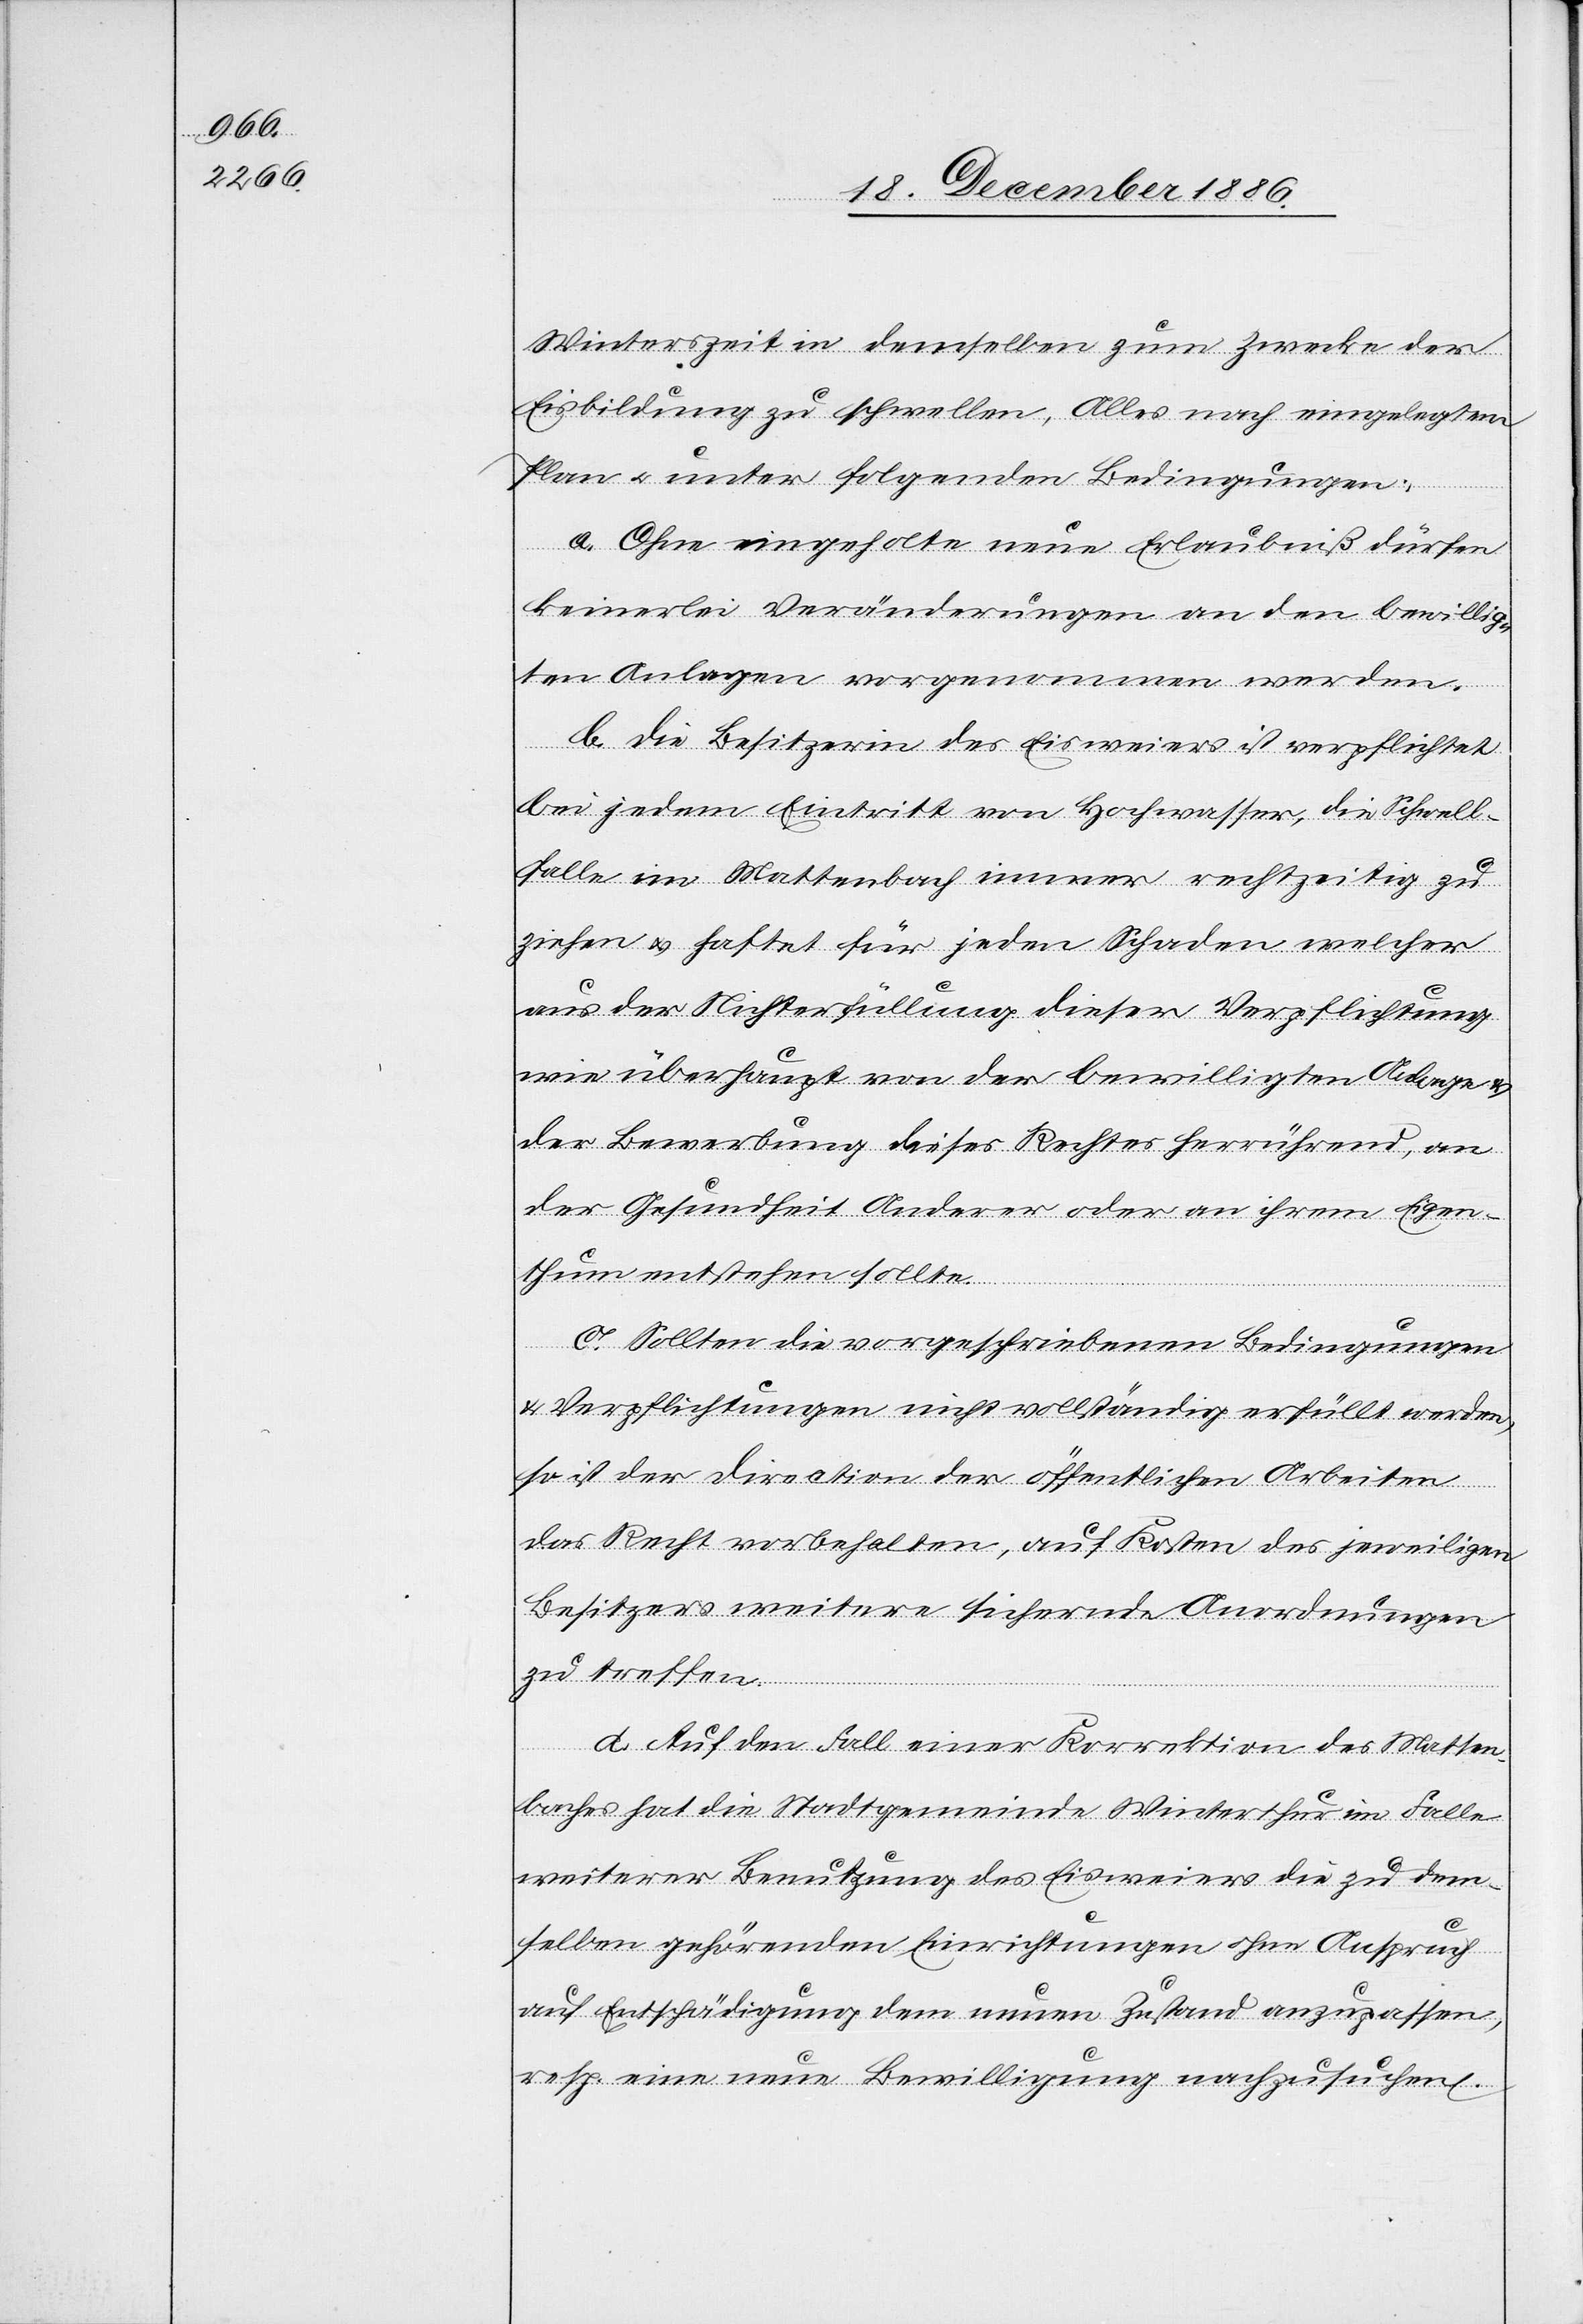
Winterszeit in demselben zum Zwecke der
Eisbildung zu schwellen, Alles nach eingelegten
Plan & unter folgenden Bedingungen:
a. Ohne eingeholte neue Erlaubniß dürfen
keinerlei Veränderungen an den bewillig¬
ten Anlagen vorgenommen werden.
b. Die Besitzerin des Eisweiers ist verpflichtet
bei jedem Eintritt von Hochwasser, die Schwell¬
falle im Mattenbach immer rechtzeitig zu
ziehen & haftet für jeden Schaden welcher
aus der Nichterfüllung dieser Verpflichtung
wie überhaupt von der bewilligten Anlage &
der Bewerbung dieses Rechtes herrührend, an
der Gesundheit Anderer oder an ihrem Eigen¬
thum entstehen sollte.
c. Sollten die vorgeschriebenen Bedingungen
& Verpflichtungen nicht vollständig erfüllt werden,
so ist der Direction der öffentlichen Arbeiten
das Recht vorbehalten, auf Kosten des jeweiligen
Besitzers weitere sichernde Anordnungen
zu treffen.
d. Auf den Fall einer Korrektion des Matten¬
baches hat die Stadtgemeinde Winterthur im Falle
weiterer Benutzung des Eisweiers die zu dem¬
selben gehörenden Einrichtungen ohne Anspruch
auf Entschädigung dem neuen Zustand anzupassen,
resp. eine neue Bewilligung nachzusuchen.